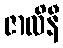
ဇာလိနီ